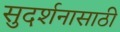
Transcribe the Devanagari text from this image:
सुदर्शनासाठी